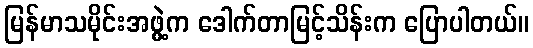
မြန်မာသမိုင်းအဖွဲ့က ဒေါက်တာမြင့်သိန်းက ပြောပါတယ်။